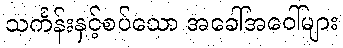
သင်္ကန်းနှင့်စပ်သော အခေါ်အဝေါ်များ